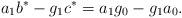
LaTeX: \begin{align*}a_1b^*-g_1c^*=a_1g_0-g_1a_0.\end{align*}